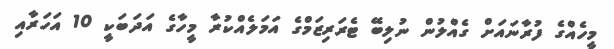
މީހެއްގެ ފުރާނައަށް ގެއްލުން ނުލިބޭ ޓެރަރިޒަމްގެ އަމަލެއްކުރާ މީހާގެ އަދަބަކީ 10 އަހަރާއި